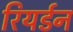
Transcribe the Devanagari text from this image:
रियर्डन